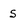
Character: 5